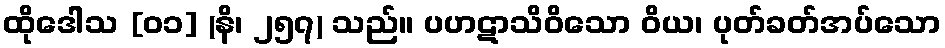
ထိုဒေါသ [၀၁] (နိ၊ ၂၅၇) သည်။ ပဟဋာသိဝိသော ဝိယ၊ ပုတ်ခတ်အပ်သော